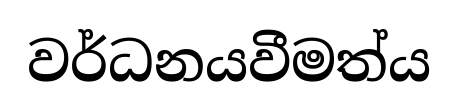
වර්ධනයවීමත්ය